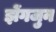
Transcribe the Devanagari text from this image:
झेंगजुन